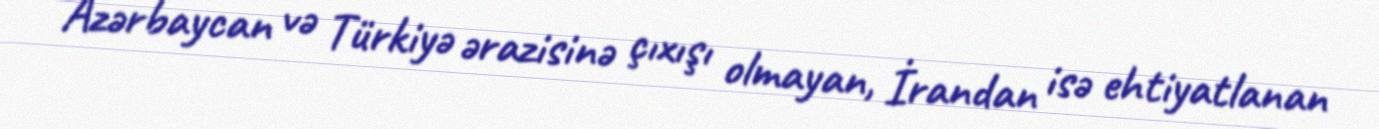
Azərbaycan və Türkiyə ərazisinə çıxışı olmayan, İrandan isə ehtiyatlanan